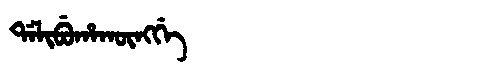
Manchu: ᡩᠠᠯᡳᠪᡠᡥᠠᡴᡡᠩᡤᡝ
Romanization: DALIBUHAKŪNGGE